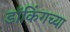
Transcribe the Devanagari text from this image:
डॉकिंगच्या